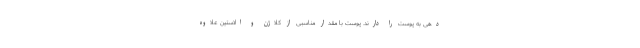
دهی به پوست را دارند. پوست با مقدار مناسبی از کلاژن و الاستین علاوه